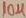
Text: 10µ